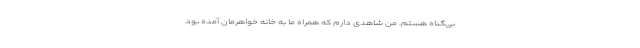
بی‌گناه هستم. من شاهدی دارم که همراه ما به خانه خواهرمان آمده بود